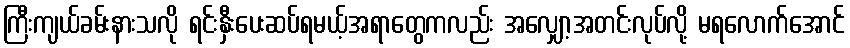
ကြီးကျယ်ခမ်းနားသလို ရင်းနှီးပေးဆပ်ရမယ့်အရာတွေကလည်း အလျှော့အတင်းလုပ်လို့ မရလောက်အောင်